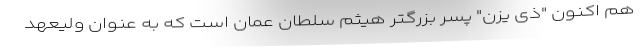
هم اکنون "ذی یزن" پسر بزرگتر هیثم سلطان عمان است که به عنوان ولیعهد